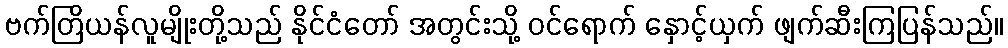
ဗက်တြိယန်လူမျိုးတို့သည် နိုင်ငံတော် အတွင်းသို့ ဝင်ရောက် နှောင့်ယှက် ဖျက်ဆီးကြပြန်သည်။